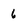
Character: 6